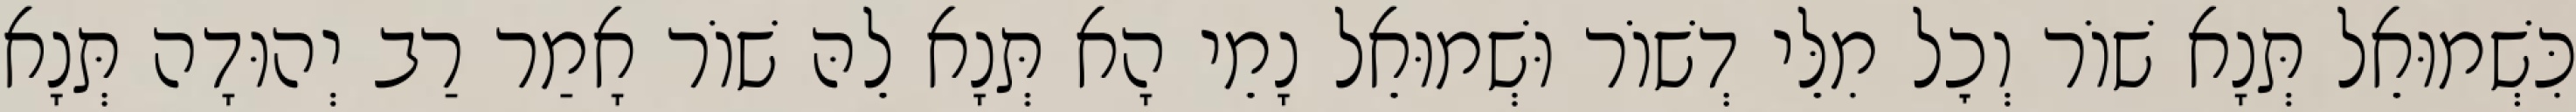
כִּשְׁמוּאֵל תְּנָא שׁוֹר וְכׇל מִלֵּי דְשׁוֹר וּשְׁמוּאֵל נָמֵי הָא תְּנָא לֵהּ שׁוֹר אָמַר רַב יְהוּדָה תְּנָא